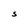
Character: S